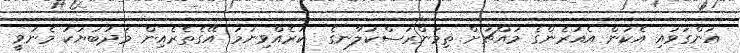
އަންގަވައި އެކަން އެއުރެންގެ މައްޗަށް ތިމަންރަސްކަލާނގެ  ކުރެއްވިނަމަ އޭގެތެރެއިން މަދުބަޔަކު މެނުވީ